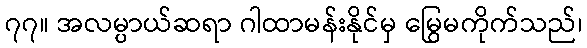
၇၇။ အလမ္ပာယ်ဆရာ ဂါထာမန်းနိုင်မှ မြွေမကိုက်သည်၊